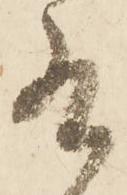
有